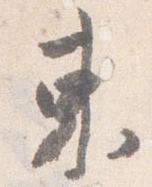
東